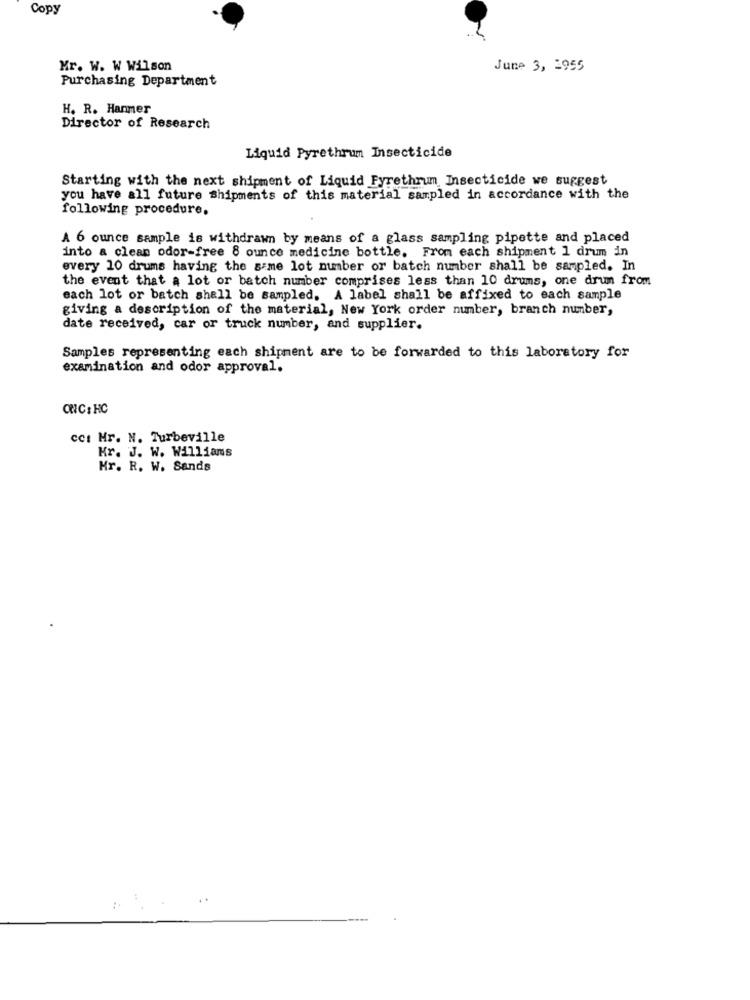
Copy
Mr. W. W Wilson
June 3, 1955
Purchasing Department
H. R. Hanmer
Director of Research
Liquid Pyrethrum Insecticide
Starting with the next shipment of Liquid Fyrethrum Insecticide we suggest
you have all future shipments of this material sampled in accordance with the
following procedure.
A 6 ounce sample is withdrawn by means of a glass sampling pipette and placed
into a clean odor-free 8 ounce medicine bottle. From each shipment 1 drum in
every 10 drums having the same lot number or batch number shall be sampled. In
the event that a lot or batch number comprises less than 10 drums, one drum from
each lot or batch shall be sampled. A label shall be affixed to each sample
giving a description of the material, New York order number, branch number,
date received, car or truck number, and supplier.
Samples representing each shipment are to be forwarded to this laboratory for
examination and odor approval.
ONIC: HC
cc: Mr. N. Turbeville
Kr. J. W. Williams
Hr. R. W. Sands
..